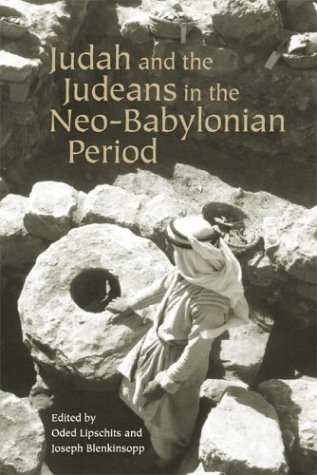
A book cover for Judah and the Judeans in the Neo-Babylonian Period; Oded Lipschitz; History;